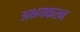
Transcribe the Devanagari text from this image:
अभयकरन